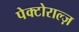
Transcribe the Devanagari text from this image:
पेक्टोराल्ज़